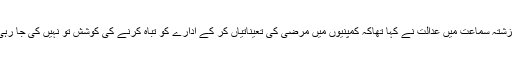
گزشتہ سماعت میں عدالت نے کہا تھاکہ کمپنیوں میں مرضی کی تعیناتیاں کر کے ادارے کو تباہ کرنے کی کوشش تو نہیں کی جا رہی۔